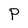
Character: P